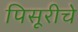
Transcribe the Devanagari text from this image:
पिसूरीचे